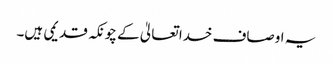
یہ اوصاف خدا تعالیٰ کے چونکہ قدیمی ہیں۔